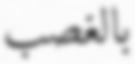
بالغصب